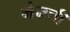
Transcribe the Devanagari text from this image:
मेनची